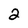
Character: 2